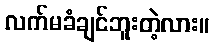
လက်မခံချင်ဘူးတဲ့လား။